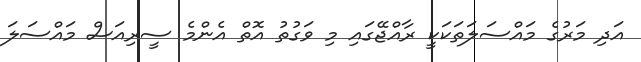
އަދި މަރުގެ މައްސަލަތަކަކީ ރާއްޖޭގައި މި ވަގުތު އޮތް އެންމެ ސީރިއަސް މައްސަލަ